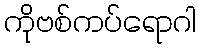
ကိုဗစ်ကပ်ရောဂါ